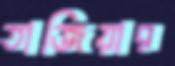
তাজিয়ার